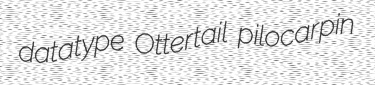
datatype Ottertail pilocarpin